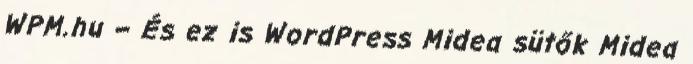
WPM.hu – És ez is WordPress Midea sütők Midea